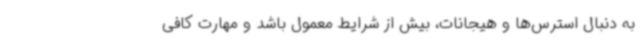
به دنبال استرس‌ها و هیجانات، بیش از شرایط معمول باشد و مهارت کافی